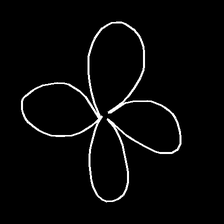
Glyph: billowing